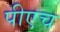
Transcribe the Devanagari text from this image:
पीएच